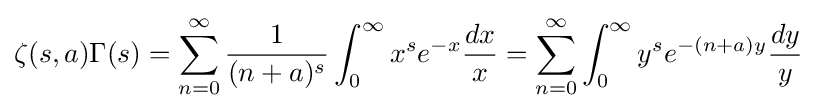
\zeta (s,a)\Gamma (s)=\sum _{n=0}^{\infty }{\frac {1}{(n+a)^{s}}}\int _{0}^{\infty }x^{s}e^{-x}{\frac {dx}{x}}=\sum _{n=0}^{\infty }\int _{0}^{\infty }y^{s}e^{-(n+a)y}{\frac {dy}{y}}